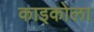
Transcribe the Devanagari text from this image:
काइकोला